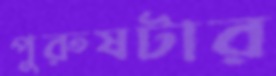
পুরুষটার